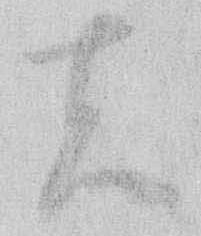
者